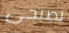
تصبحى